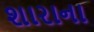
શારાના